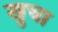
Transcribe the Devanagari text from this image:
खुचा